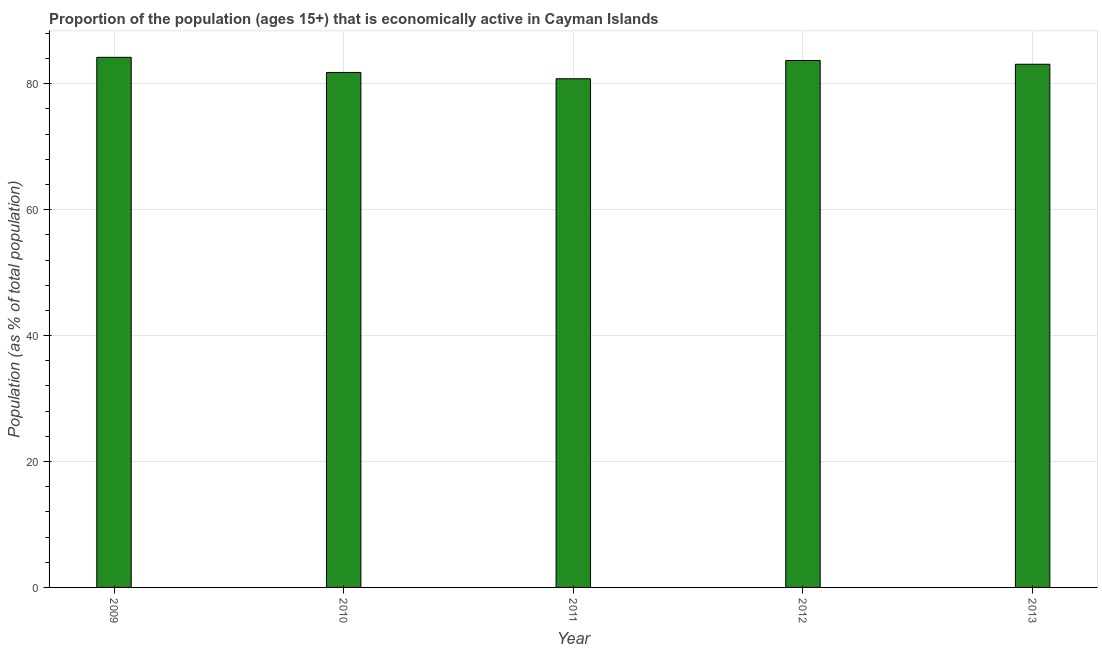
| Year | Labor force participation rate total |
 | --- | --- |
 | 2009 | 84.2 |
 | 2010 | 81.8 |
 | 2011 | 80.8 |
 | 2012 | 83.7 |
 | 2013 | 83.1 |